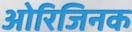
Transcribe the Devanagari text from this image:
ओरिजिनक